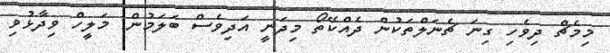
މިމެޗް ދިވެހި ގިނަ ޗެނަލްތަކުން ދެއްކޭތޯ މިދަނީ އަދިވެސް ބަލަމުން: މަލީހް ވިދާޅުވި